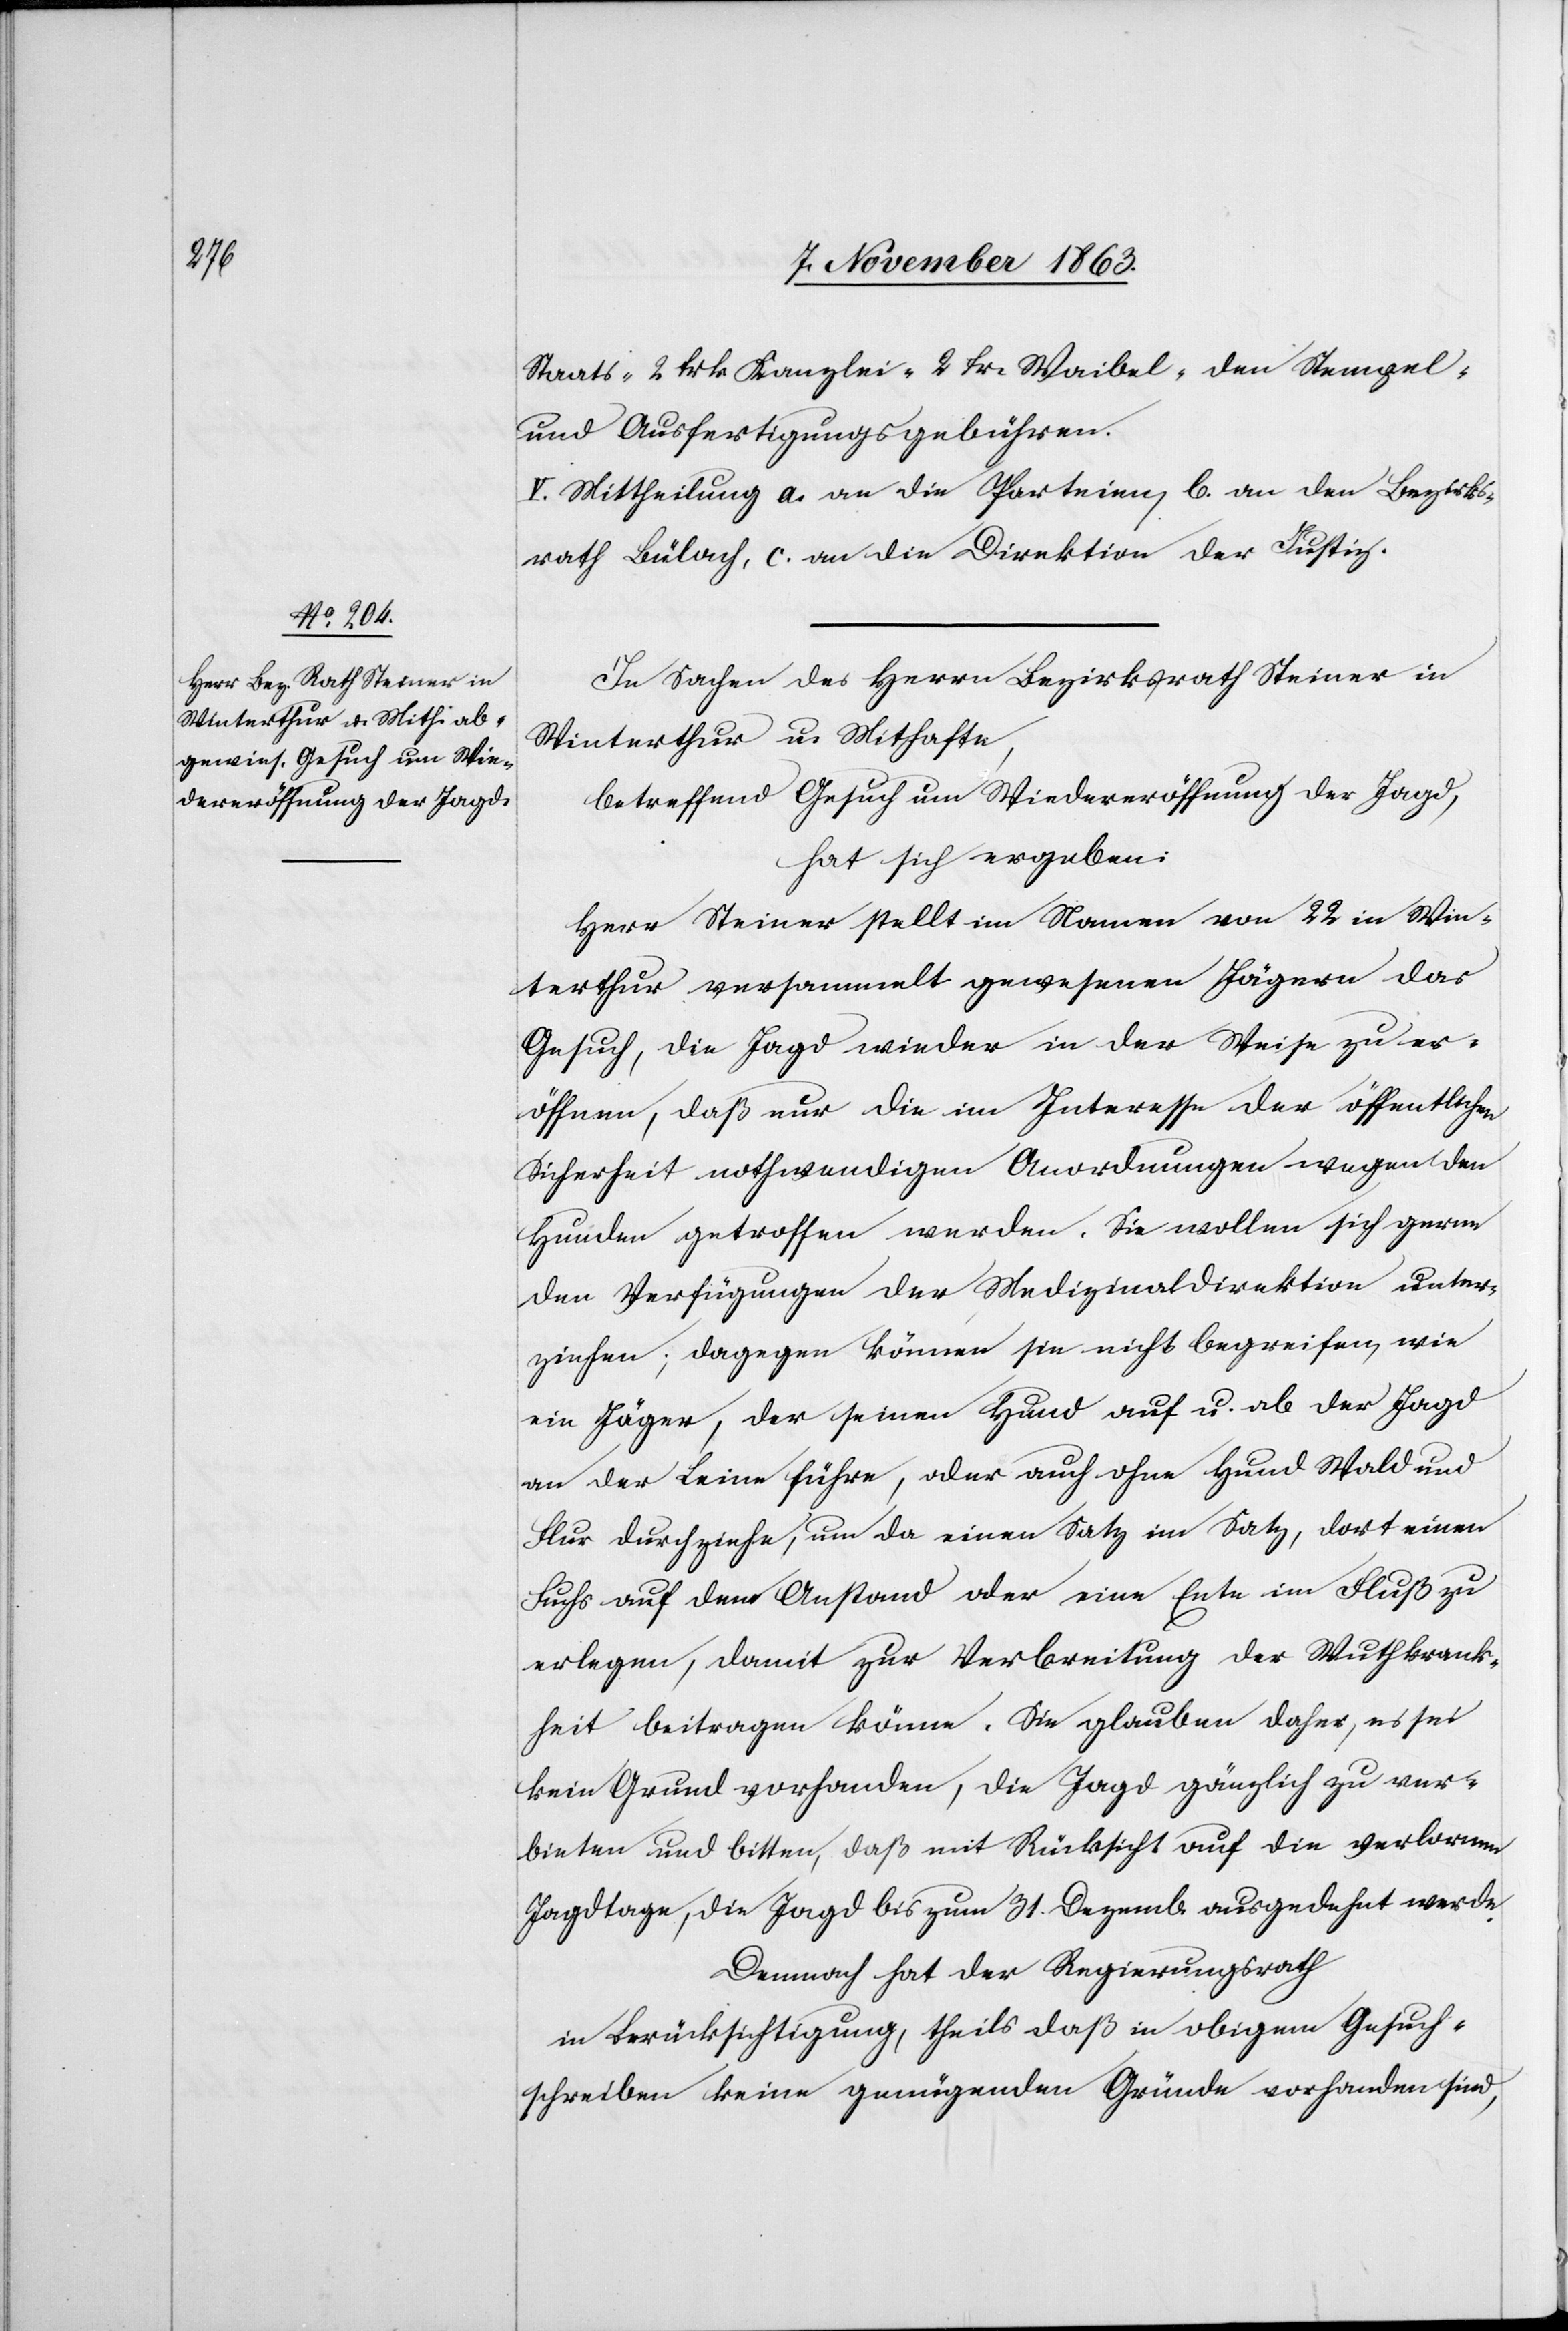
Staats-[,] 2 frk. Kanzlei-[,] 2 fr. Waibel-[,] den Stempel-
und Ausfertigungsgebühren.
V. Mittheilung a. an die Parteien, b. an den Bezirks¬
rath Bülach, c. an die Direktion der Justiz.
In Sachen des Herrn Bezirksrath Steiner in
Winterthur u. Mithafte,
betreffend Gesuch um Wiedereröffnung der Jagd,
hat sich ergeben:
Herr Steiner stellt im Namen von 22 in Win¬
terthur versammelt gewesenen Jägern das
Gesuch, die Jagd wieder in der Weise zu er¬
öffnen, daß nur die im Interesse der öffentlichen
Sicherheit nothwendigen Anordnungen wegen den
Hunden getroffen werden. Sie wollen sich gerne
den Verfügungen der Medizinaldirektion unter¬
ziehen; dagegen können sie nicht begreifen, wie
ein Jäger, der seinen Hund auf u. ab der Jagd
an der Leine führe, oder auch ohne Hund Wald und
Flur durchziehe, um da einen Satz im Satz, dort einen
Fuchs auf dem Anstand oder eine Ente im Fluß zu
erlegen, damit zur Verbreitung der Wuthkrank¬
heit beitragen könne. Die glauben daher, es sei
kein Grund vorhanden, die Jagd gänzlich zu ver¬
bieten und bitten, daß mit Rücksicht auf die verlornen
Jagdtage, die Jagd bis zum 31. Dezemb. ausgedehnt werde.
Demnach hat der Regierungsrath
in Berücksichtigung, theils daß in obigem Gesuch¬
schreiben keine genügenden Gründe vorhanden sind,